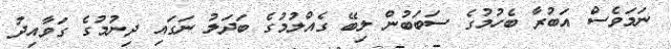
ނަމަވެސް އަބުރާ ބެހުމުގެ ސަބަބުން ލިބޭ ގެއްލުމުގެ ބަދަލު ނަގައި ދިނުމުގެ ގަވާއިދު